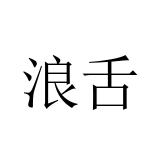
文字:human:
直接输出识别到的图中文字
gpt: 浪舌